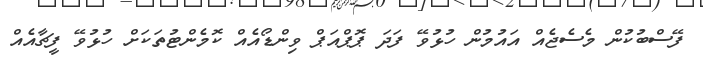
ފޭސްބުކުން މެސެޖެއް އައުމުން ހުޅުވޭ ފަދަ ޕޮޕްއަޕް ވިންޑޯއެއް ކޮމެންޓުތަކަށް ހުޅުވޭ ފީޗާއެއް